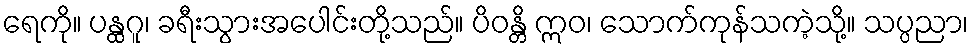
ရေကို။ ပန္ထဂူ၊ ခရီးသွားအပေါင်းတို့သည်။ ပိဝန္တိ ဣဝ၊ သောက်ကုန်သကဲ့သို့။ သပ္ပညာ၊